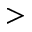
>